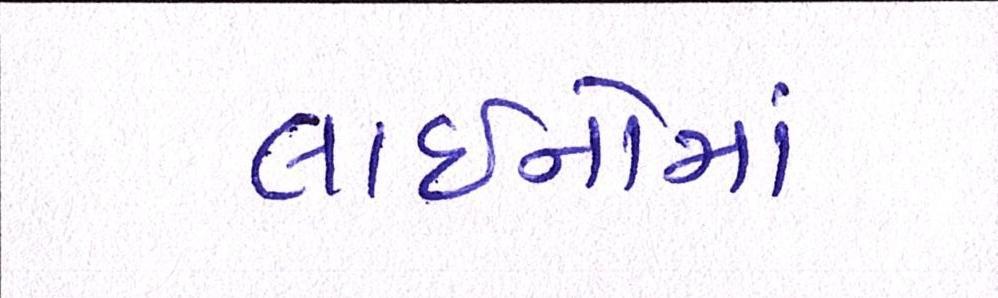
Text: લાઈનોમાં